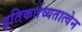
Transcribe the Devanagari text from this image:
इतिकर्तव्यतात्वेन